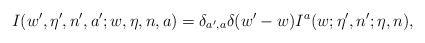
\begin{align*}I(w',\eta',n',a' ;w,\eta,n,a ) =\delta_{a',a} \delta(w' - w)I^a(w ; \eta',n' ; \eta,n ),\end{align*}